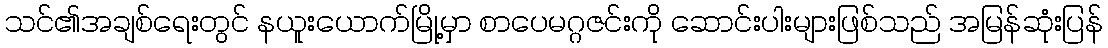
သင်၏အချစ်ရေးတွင် နယူးယောက်မြို့မှာ စာပေမဂ္ဂဇင်းကို ဆောင်းပါးများဖြစ်သည် အမြန်ဆုံးပြန်